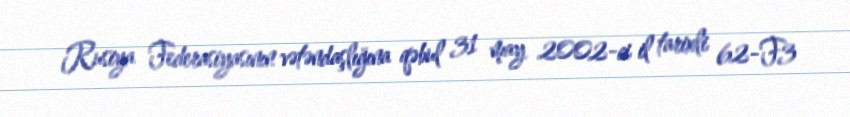
Rusiya Federasiyasının vətəndaşlığına qəbul 31 may 2002-ci il tarixli 62-F3